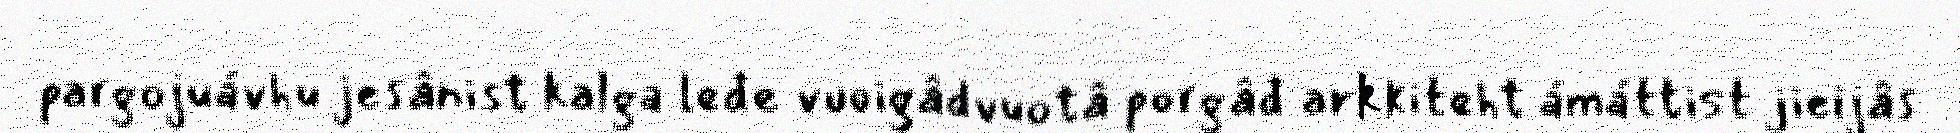
pargojuávhu jesânist kalga leđe vuoigâdvuotâ porgâđ arkkiteht ámáttist jieijâs